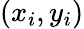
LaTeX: (x_{i},y_{i})